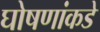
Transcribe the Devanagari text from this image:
घोषणांकडे